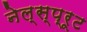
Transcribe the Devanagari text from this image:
नेल्स्प्रूट